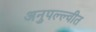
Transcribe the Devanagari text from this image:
अनुपल्ल्वीत